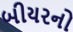
બીયરનો